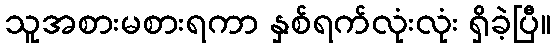
သူအစားမစားရကာ နှစ်ရက်လုံးလုံး ရှိခဲ့ပြီ။